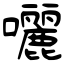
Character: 囇